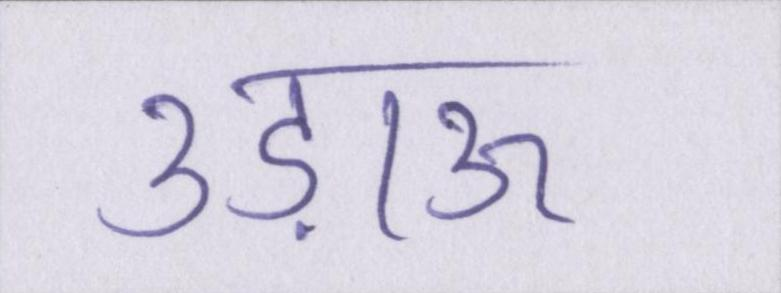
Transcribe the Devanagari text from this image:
उड़ाऊ